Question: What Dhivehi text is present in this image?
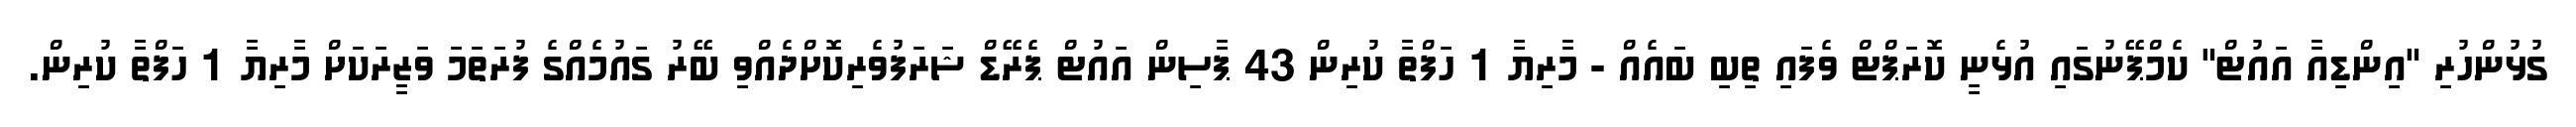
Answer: ގުޅުންހުރި "އިންޑިއާ އައުޓް" ކެމްޕޭނުގައި އުޅެނީ ކޮރަޕްޓް ވެފައި ތިބި ބައެއް - މާރިޔާ 1 ހަފްތާ ކުރިން 43 ޕާސިން އައުޓް ޕެރޭޑް ޝަރަފުވެރިކޮށްދެއްވި ބޭރު ގައުމެއްގެ ފުރަތަމަ ވަޒީރަކަށް މާރިޔާ 1 ހަފްތާ ކުރިން.